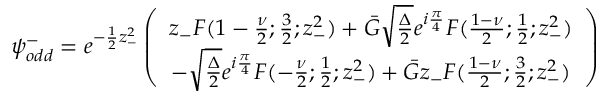
{ \psi } _ { o d d } ^ { - } = e ^ { - \frac { 1 } { 2 } z _ { - } ^ { 2 } } \left( \begin{array} { c } { { z _ { - } F ( 1 - \frac { \nu } { 2 } ; \frac { 3 } { 2 } ; z _ { - } ^ { 2 } ) + \bar { G } \sqrt { \frac { \Delta } { 2 } } e ^ { i \frac { \pi } { 4 } } F ( \frac { 1 - \nu } { 2 } ; \frac { 1 } { 2 } ; z _ { - } ^ { 2 } ) } } \\ { { - \sqrt { \frac { \Delta } { 2 } } e ^ { i \frac { \pi } { 4 } } F ( - \frac { \nu } { 2 } ; \frac { 1 } { 2 } ; z _ { - } ^ { 2 } ) + \bar { G } z _ { - } F ( \frac { 1 - \nu } { 2 } ; \frac { 3 } { 2 } ; z _ { - } ^ { 2 } ) } } \end{array} \right)